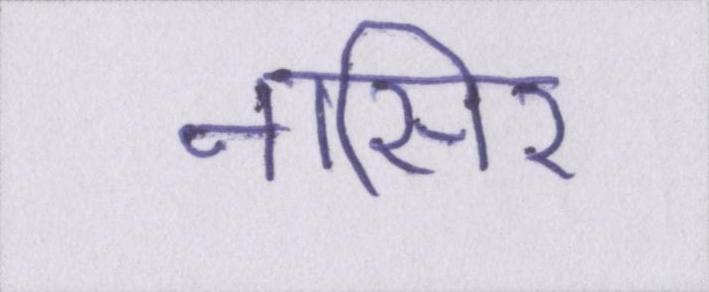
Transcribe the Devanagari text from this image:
नासिर